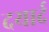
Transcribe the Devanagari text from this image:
दयार्द